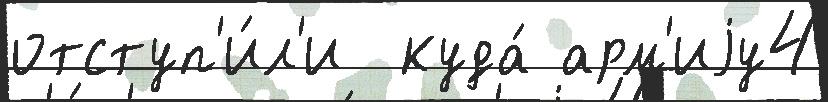
отступ'и́л'и  куда́ арм'иjу4